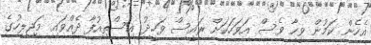
އެހެން ކަމުން ވީހާ ވެސް އަވަހަކަށް ރައީސް ވަހީދު އިސްތިއުފާ ދެއްވައި މަޖިލީހުގެ